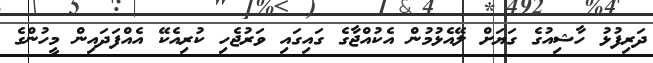
ދަރިފުޅު ހާޝިއުގެ ގަޔަށް ލޭއެޅުމުން އެކުއްޖާގެ ގައިގައި ވަރުޖެހި ކުރިއެކޭ އެއްފަދައިން މީހުންގެ